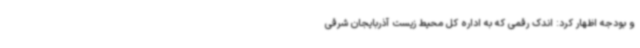
و بودجه اظهار کرد: اندک رقمی که به اداره کل محیط زیست آذربایجان شرقی